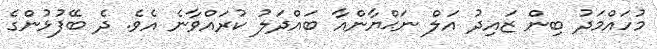
މުހައްމަދު ބިން ޒައިދު އަލް ނަޙްޔާންއާ ބައްދަލު ކުރައްވާނެ އެވެ. ދެ ބޭފުޅުންގެ